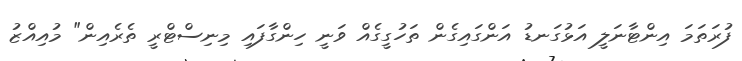
ފުރަތަމަ އިންޓާނަލީ އަޅުގަނޑު އަންގައިގެން ތަހުގީގެއް ވަނީ ހިންގާފައި މިނިސްޓްރީ ތެރެއިން" މުއިއްޒު